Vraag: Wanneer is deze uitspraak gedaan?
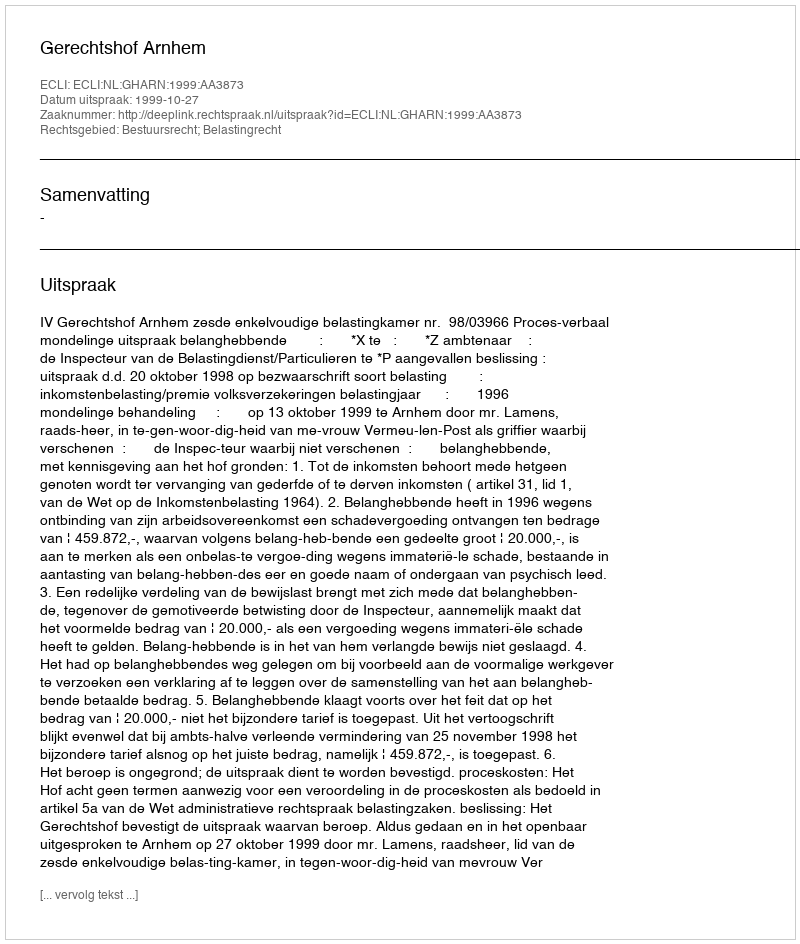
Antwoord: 1999-10-27